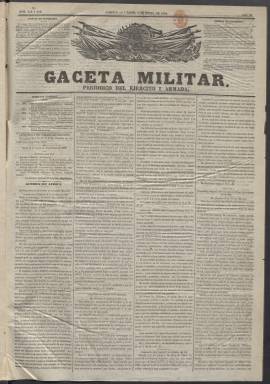
Título: La Gaceta militar (Madrid. 1858)
Colección: Revistas de información || Fuerzas armadas
Ámbito geográfico: Madrid
Lugar de publicación: Madrid
Fechas: 01/01/1860-14/04/1861